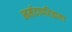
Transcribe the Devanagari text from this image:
नर्मदापरिक्रमा